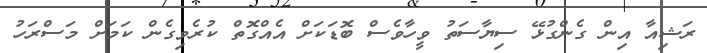
ރަޝިއާ އިން ގެންގުޅޭ ސިޔާސަތު ވީހާވެސް ބޮޑަކަށް އެއްގޮތް ކުރެވިގެން ކަމަށް މަސްރަހު